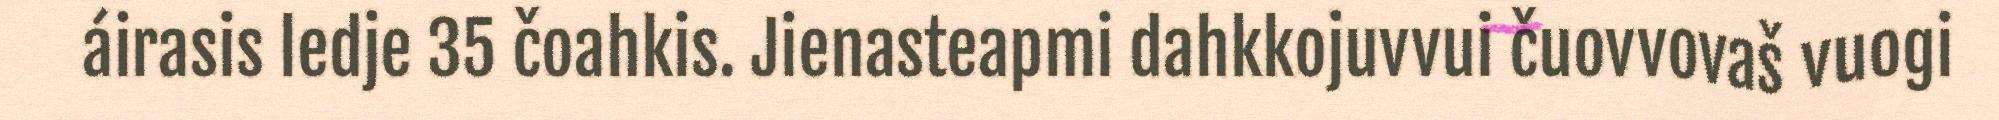
áirasis ledje 35 čoahkis. Jienasteapmi dahkkojuvvui čuovvovaš vuogi